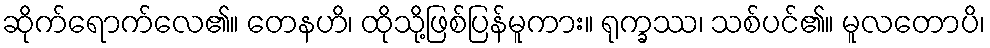
ဆိုက်ရောက်လေ၏။ တေနဟိ၊ ထိုသို့ဖြစ်ပြန်မူကား။ ရုက္ခဿ၊ သစ်ပင်၏။ မူလတောပိ၊